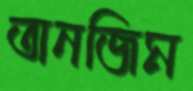
তানজিম